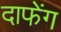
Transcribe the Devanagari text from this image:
दाफेंग